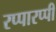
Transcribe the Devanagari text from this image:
रप्पारप्पी